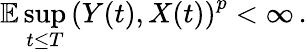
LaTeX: \mathbb{E}\operatorname*{sup}_{t\leq T}\left(Y(t),X(t)\right)^{p}<\infty\, .